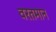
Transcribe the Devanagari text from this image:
वरतमान